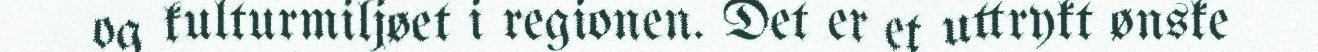
og kulturmiljøet i regionen. Det er et uttrykt ønske